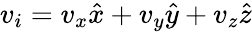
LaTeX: v_{i}=v_{x}\hat{x}+v_{y}\hat{y}+v_{z}\hat{z}